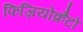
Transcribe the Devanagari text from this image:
फिज़ियोक्रैटों